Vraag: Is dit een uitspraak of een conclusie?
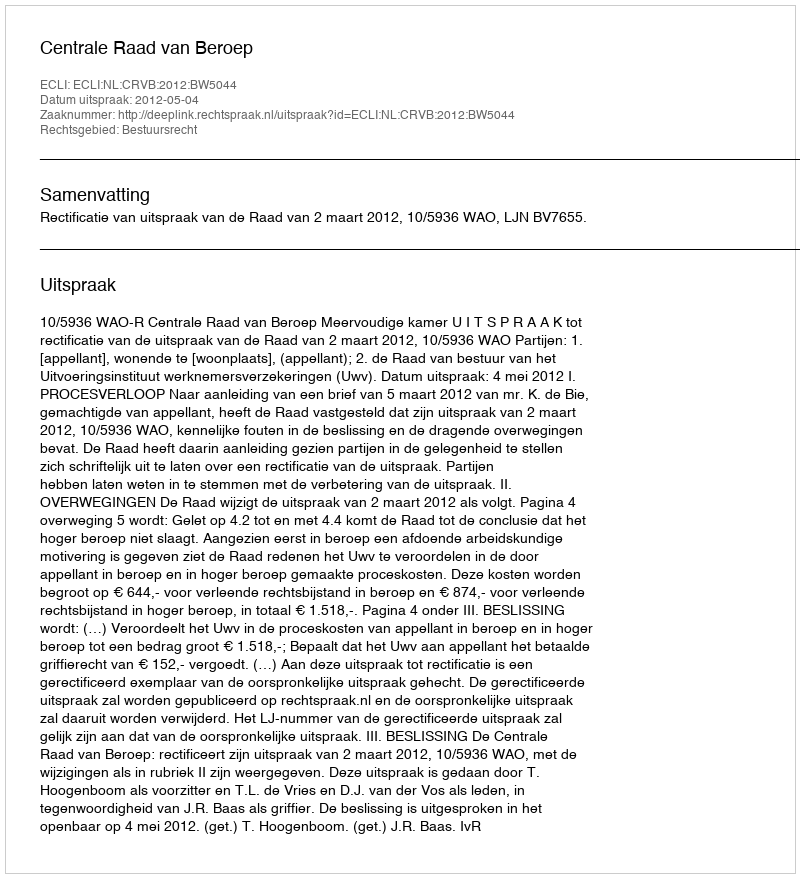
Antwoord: Uitspraak